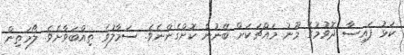
ކަޅު ފައިސާ ދޮވުމުގެ މޫނު މައްޗަކަށް ބޭނުން ކޮށްގެންނެވެ. ސަމާލުވެ ތިއްބަވާށެވެ. ލޯމަތިން